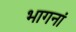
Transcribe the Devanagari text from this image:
भागनां